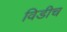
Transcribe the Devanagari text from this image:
विडीच